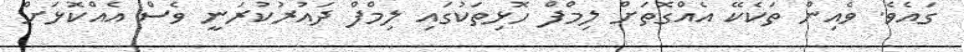
ގައެވެ. ވެއިން ތަކެކޭ އެއްގޮތަށް ލިމްފް ހޮޅިތަކުގައި ލިމްފް ދައުރުކުރަނީ ވެސް އެއްކޮޅަށް